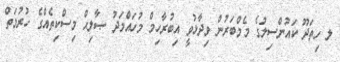
ލ ހިތަދޫ ކައުންސިލުގެ މެމްބަރުން ވިދާޅުވީ އިބުރާހިމް މުހައްމަދު ޞާލިޙް މިސްކިތެއްގެ ހުރުމަތް